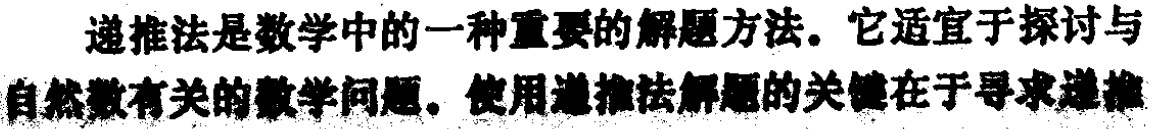
递推法是数学中的一种重要的解题方法。它适宜于探讨与自然数有关的数学问题。使用递推法解题的关键在于寻求递推